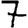
Digit: 7